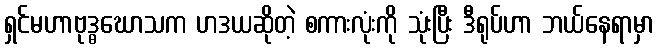
ရှင်မဟာဗုဒ္ဓဃောသက ဟဒယဆိုတဲ့ စကားလုံးကို သုံးပြီး ဒီရုပ်ဟာ ဘယ်နေရာမှာ